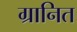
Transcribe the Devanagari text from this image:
ग्रानित